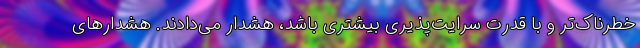
خطرناک‌تر و با قدرت سرایت‌پذیری بیشتری باشد، هشدار می‌دادند. هشدارهای